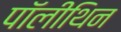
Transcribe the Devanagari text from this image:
पॉलीथिन